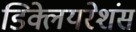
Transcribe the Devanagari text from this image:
डिक्लेयरेशंस